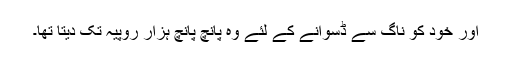
اور خود کو ناگ سے ڈسوانے کے لئے وہ پانچ پانچ ہزار روپیہ تک دیتا تھا۔